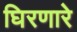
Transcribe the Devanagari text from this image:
घिरणारे